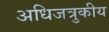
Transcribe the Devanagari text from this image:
अधिजत्रुकीय